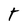
Character: T